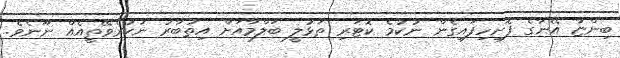
ބިންޏާ އޭނާގެ ފޮށިހިފައިގެން ނުކުމެ ކޮޓަރި ތަޅުލީ ބަލްމާއަށް އިތުބާރު ނުކުރެވޭތީއެއް ނޫނެވެ.